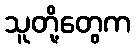
သူတို့တွေက